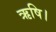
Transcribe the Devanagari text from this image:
ऋषि।